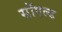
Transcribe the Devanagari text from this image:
सॉएल्ड